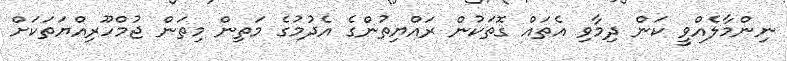
ނިންމާލެއްވީ ކަން ދިމާވި އެތައް ގޮތަކުން ރައްޔިތުންގެ އެދުމުގެ މަތިން މިތަން ޖުމްހޫރިއްޔަތަކަށް